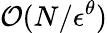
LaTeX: \mathcal{O}(N/\epsilon^{\theta})